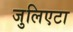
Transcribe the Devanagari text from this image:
जुलिएटा